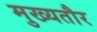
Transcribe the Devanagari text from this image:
मुख्‍यतौर